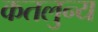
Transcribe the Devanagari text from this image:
कतलुन्य